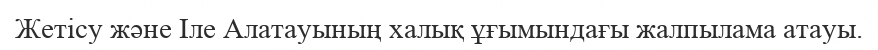
Жетісу және Iле Алатауының халық ұғымындағы жалпылама атауы.